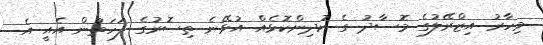
މިހާރު އިޒްރޭލުގެ މޮސާދު ގެ ކުދިންކޮޅެއް އުޅޭނެ ތިސޮރުގެ ފަހަތުން އެއީ އެ